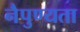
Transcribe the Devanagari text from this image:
नैपुण्यता